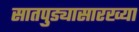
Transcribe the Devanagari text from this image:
सातपुड्यासारख्या